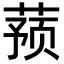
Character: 蓣